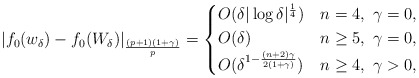
\begin{align*}|f_0(w_\delta) - f_0(W_\delta)|_{\frac{(p+1)(1+\gamma)}{p}}=\begin{cases}O(\delta|\log \delta|^\frac{1}{4}) & n=4,\ \gamma=0,\\O(\delta) & n\geq 5,\ \gamma=0,\\O(\delta^{1-\frac{(n+2)\gamma}{2(1+\gamma)}}) & n\geq 4,\ \gamma>0,\end{cases}\end{align*}